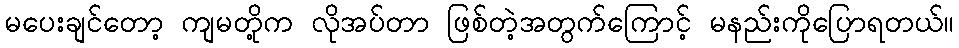
မပေးချင်တော့ ကျမတို့က လိုအပ်တာ ဖြစ်တဲ့အတွက်ကြောင့် မနည်းကိုပြောရတယ်။